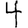
Digit: 4